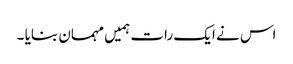
اس نے ایک رات ہمیں مہمان بنایا ۔